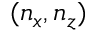
( n _ { x } , n _ { z } )